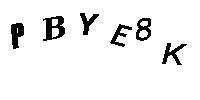
PBYE8K